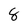
Character: 8